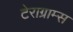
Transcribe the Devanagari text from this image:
टेराग्राम्स